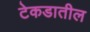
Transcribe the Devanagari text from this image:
टेकडातील